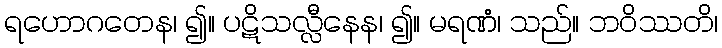
ရဟောဂတေန၊ ၍။ ပဋိသလ္လီနေန၊ ၍။ မရဏံ၊ သည်။ ဘဝိဿတိ၊